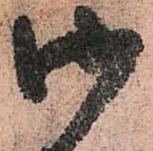
御